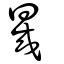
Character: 晟